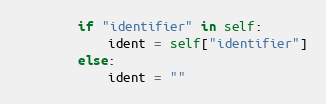
Language: Python
        if "identifier" in self:
            ident = self["identifier"]
        else:
            ident = ""